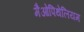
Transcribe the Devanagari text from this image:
मैओपिथेलियम